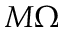
M \Omega